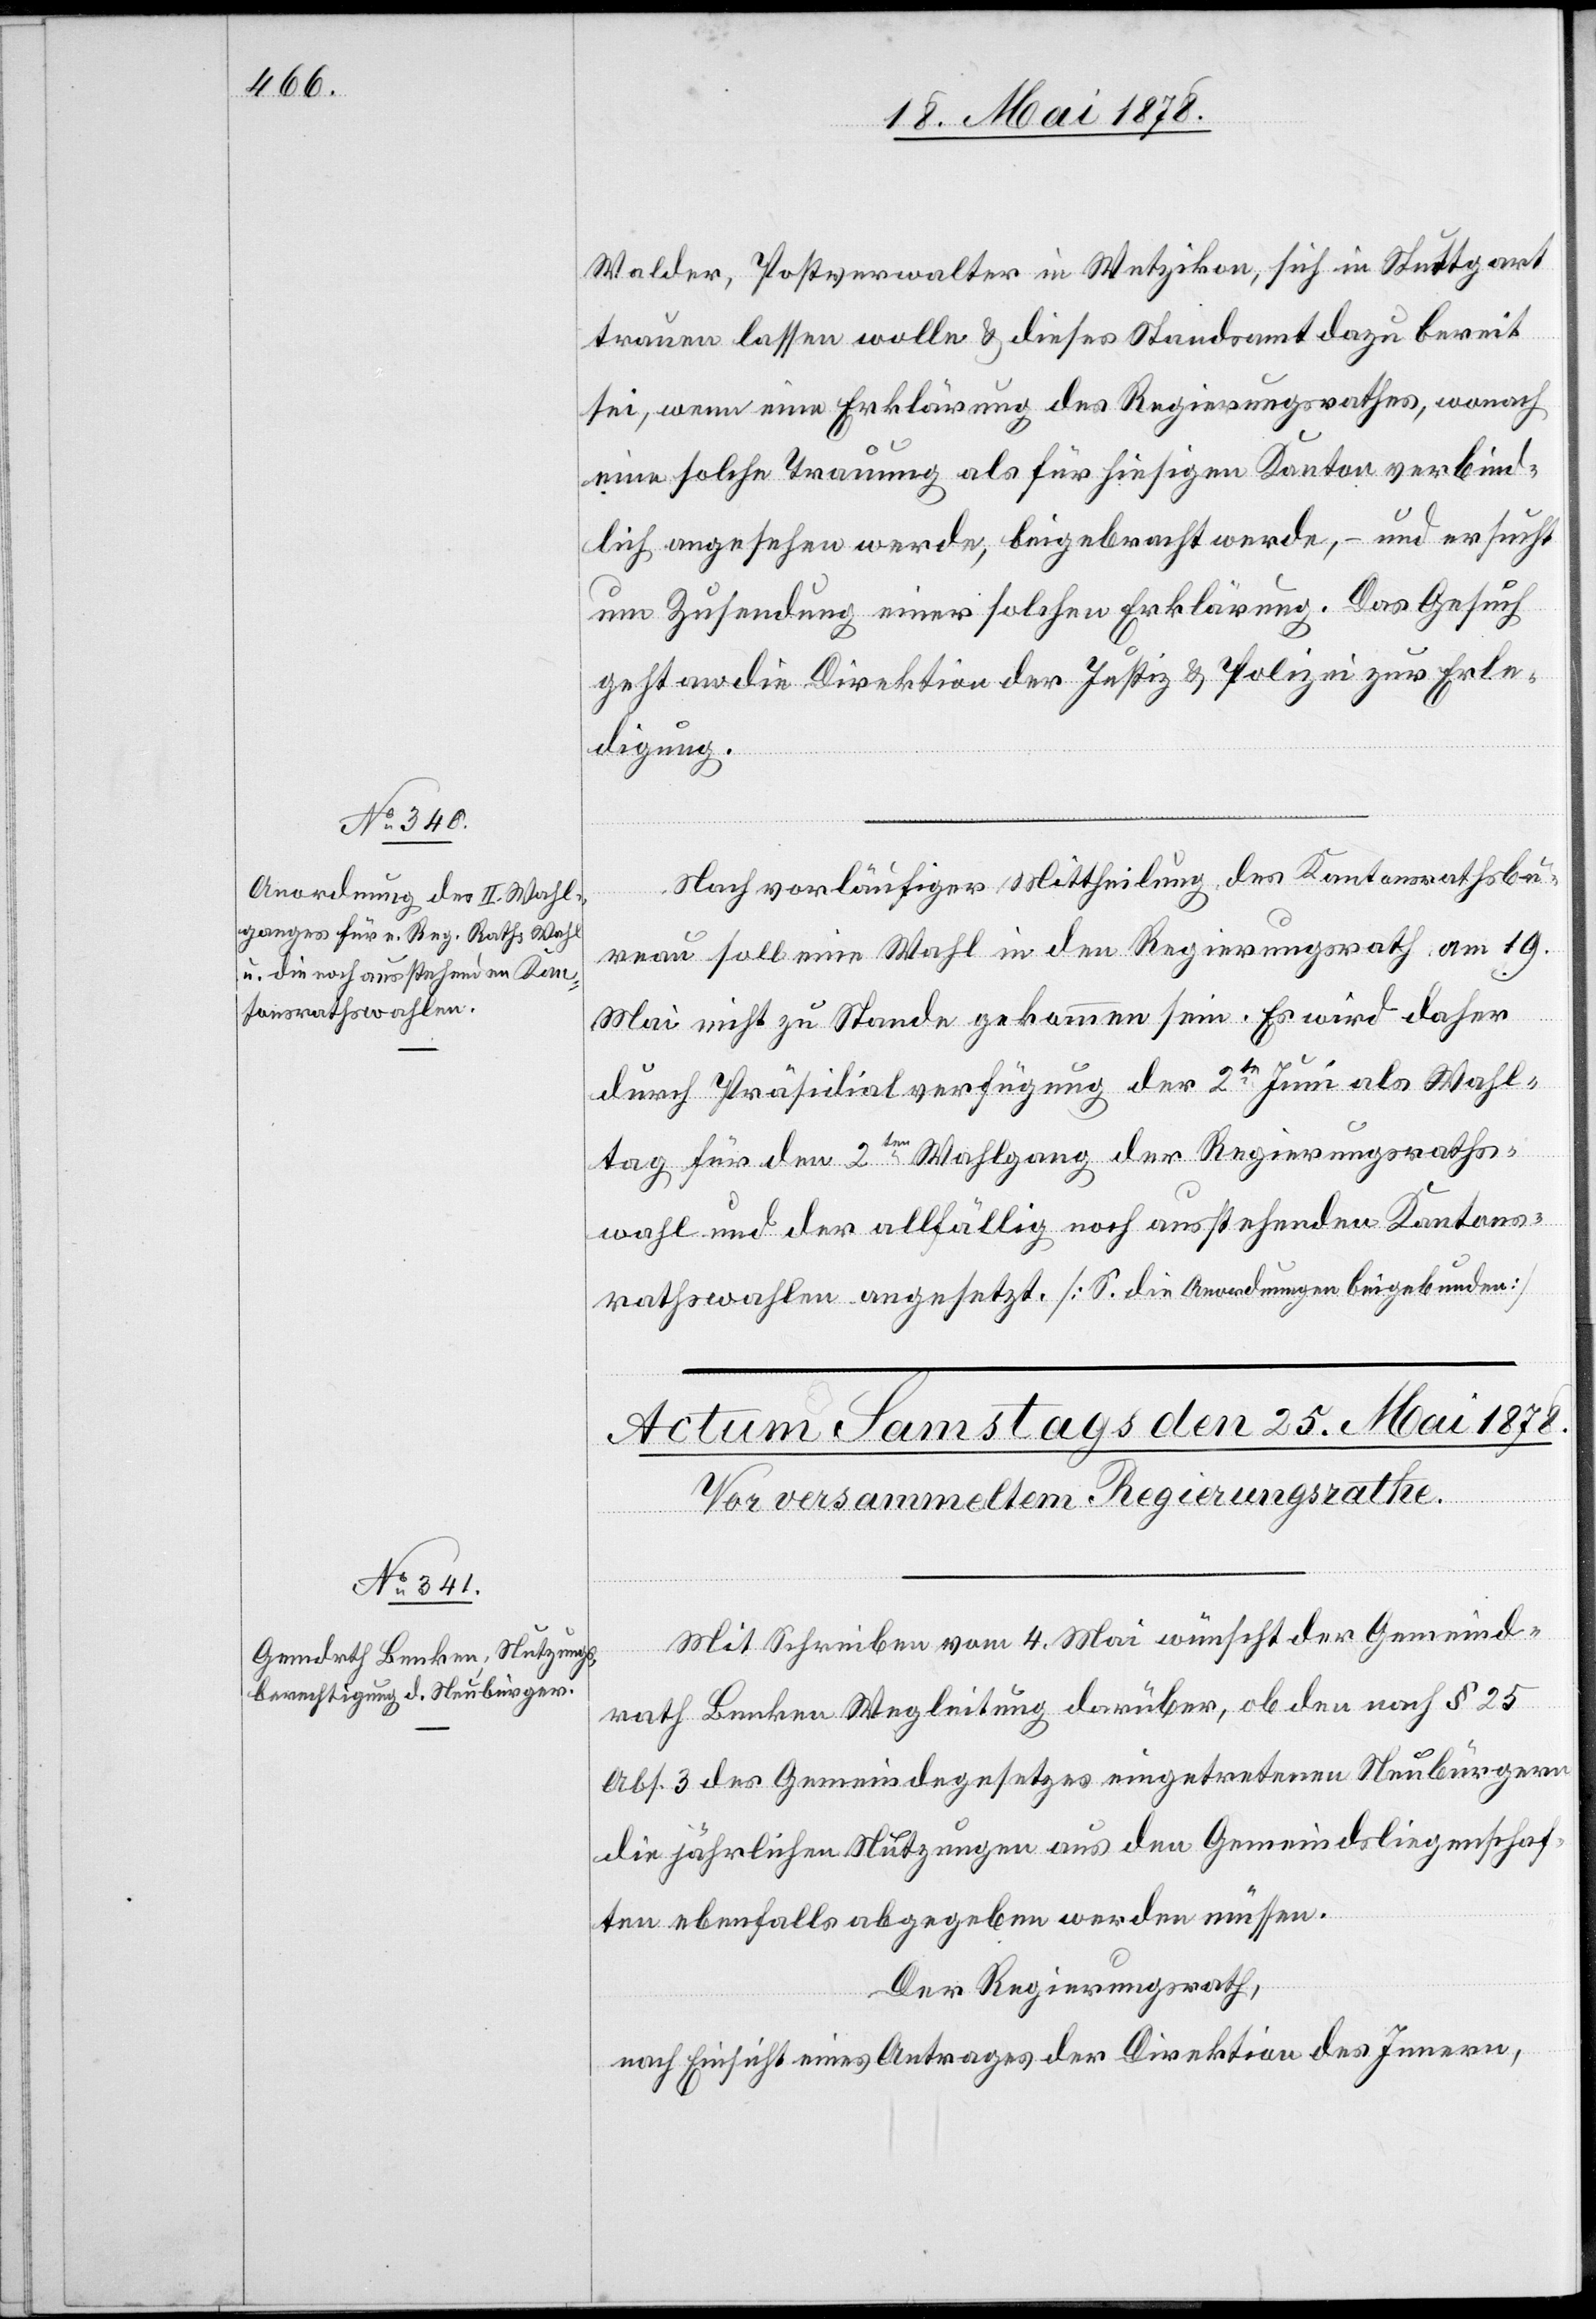
23. Mai 1878.
Walder, Postverwalter in Wetzikon, sich in Stuttgart
trauen lassen wolle & dieses Standsamt dazu bereit
sei, wenn eine Erklärung des Regierungsrathes, wonach
eine solche Trauung als für hiesigen Kanton verbind¬
lich angesehen werde, beigebracht werde, – und ersucht
um Zusendung einer solchen Erklärung. Das Gesuch
geht an die Direktion der Justiz & Polizei zur Erle¬
digung.
Nach vorläufiger Mittheilung des Kantonsrathsbu¬
reau soll eine Wahl in den Regierungsrath am 19.
Mai nicht zu Stande gekommen sein. Es wird daher
durch Präsidialverfügung der 2te Juni als Wahl¬
tag für den 2ten Wahlgang der Regierungsraths¬
wahl und der allfällig noch ausstehenden Kantons¬
rathswahlen angesetzt [S. die Anordnungen beigebunden].
Mit Schreiben vom 4. Mai wünscht der Gemeind¬
rath Benken Wegleitung darüber, ob den nach § 25
Abs. 3 des Gemeindegesetzes eingetretenen Neubürgern
die jährlichen Nutzungen aus den Gemeindsliegenschaf¬
ten ebenfalls abgegeben werden müssen.
Der Regierungsrath,
nach Einsicht eines Antrages der Direktion des Innern,